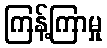
ကြန့်ကြာမှု